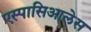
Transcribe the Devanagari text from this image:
एस्पासिआलेस